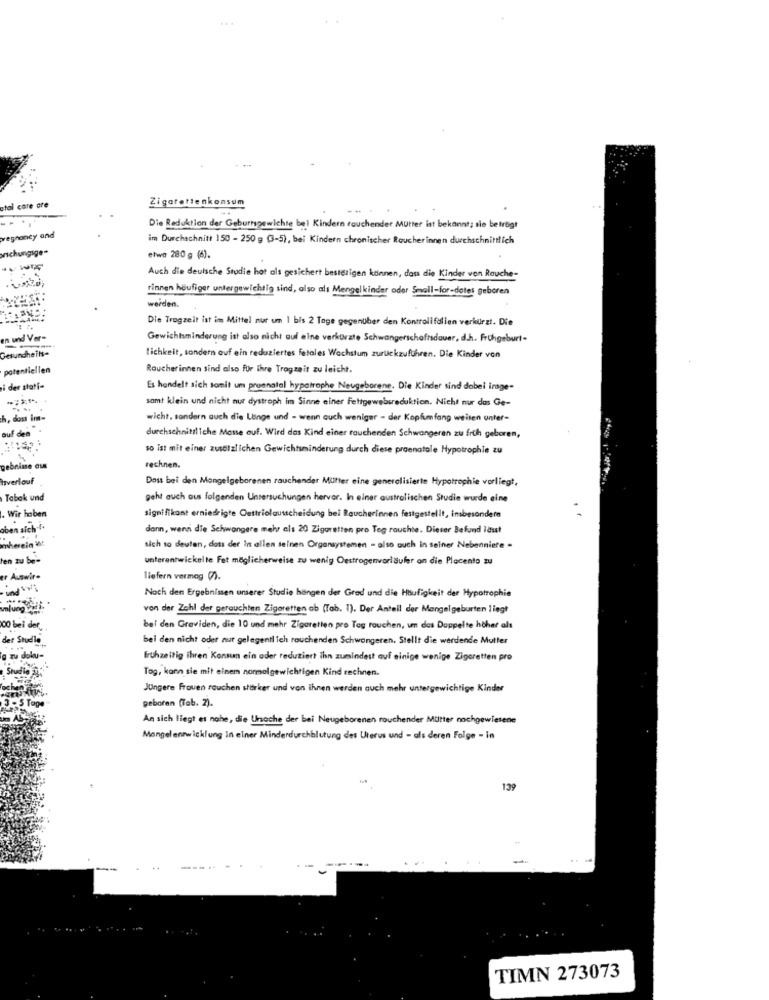
Zigarettenkonsum
atal care ore
. ..
Die Reduktion der Geburtgewichte bel Kindern rauchender Mutter ist bekannt; sie betrügt
veghoney and
im Durchschnitt 150 - 250 g (3-5), bei Kindern chronischer Raucherinnen durchschnittlich
schungige"
etwa 280 g (6).
Auch die deutsche Studie hat als gesichert bestesigen können, dass die Kinder von Rauche-
rinnen häufiger untergewichtig sind, also als Mengelkinder oder Small-for-dotes geboren
werden.
Die Trogzeit ist im Mittel nur um 1 bis 2 Tage gegenüber den Kontrolifällen verkürzt. Die
en und Ver-
Gewichtsminderung ist also nicht auf eine verkürzte Schwangerschaftsdauer, d.h. Frühgeburt-
Gesundheits-
lichkeit, sondern auf ein reduziertes fetales Wachstum zurückzuführen. Die Kinder von
potentiellen
Raucherinnen sind also für ihre Trogzeit zu leicht.
der stati-
Es handelt sich somit um praenatal hypotrophe Neugeborene. Die Kinder sind dobei irage-
samt klein und nicht nur dystroph im Sinne einer Fettgewebereduktion. Nicht nur das Ge-
h, dass im-
wicht, sondern auch die Lange und - wenn auch weniger - der Kopfumfang weisen unter-
auf den.
durchschnittliche Masse ouf. Wird das Kind einer rauchenden Schwangeren zu früh geboren,
so ist mit einer zustizlichen Gewichtsminderung durch diese praenatale Hypotrophle zu
gebnisse aus
rechnen.
Isverlouf
Dous bei den Mangelgeborenen rauchender Mutter eine generalisierte Hypotrophie vorliegt,
Tabak und
geht auch aus folgenden Untersuchungen hervor. In einer australischen Studie wurde eine
. Wir haben
signifikant erniedrigte Outtriolausscheidung bei Raucherinnen festgestellt, insbesondere
dann, wenn die Schwangere mehr als 20 Zigaretten pro Tag rauchte. Dieser Befund lässt
sich so deuten, dass der in allen seinen Organsystemen - also auch in seiner Nebenniere -
unterentwickelte Fet möglicherweise zu wenig Oestrogenvorläufer on die Placento zu
liefern vermag (7).
Noch den Ergebnissen unserer Studie hängen der Grod und die Häufigkeit der Hypotrophie
von der Zahl der gerauchten Zigaretten ab (Tab. 1). Der Anteil der Mangelgeburten liegt
bei den Graviden, die 10 und mehr Zigaretten pro Tag rauchen, um das Doppelte höher als
bei den nicht oder nur gelegentlich rouchenden Schwangeren. Stellt die werdende Mutter
frühzeitig ihren Konsumn ein ader reduziert ihn zumindest auf einige wenige Zigaretten pro
Tog, kann sie mit einem normalgewichtigen Kind rechnen.
JUngere Frauen rauchen stärker und von ihnen werden auch mehr untergewichtige Kinder
geboren (Tab. 2).
An sich liegt es nahe, die Unoche der bei Neugeborenen rauchender Mütter nachgewiesene
Mangel entwicklung In einer Minderdurchblutung des Uterus und - als deren Folge - in
139
-
TIMN 273073